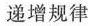
递增规律